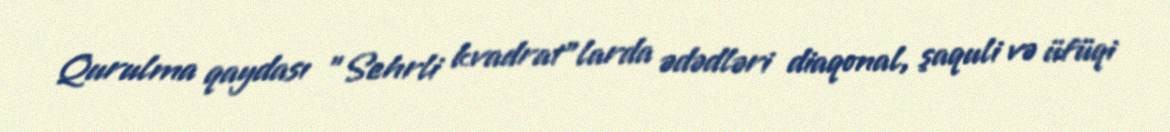
Qurulma qaydası "Sehrli kvadrat"larda ədədləri diaqonal, şaquli və üfüqi